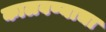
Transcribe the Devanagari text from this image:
कालवण्याचा